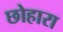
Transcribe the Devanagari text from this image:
छोहारा